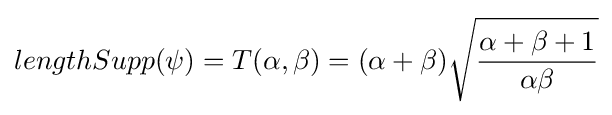
lengthSupp(\psi )=T(\alpha ,\beta )=(\alpha +\beta ){\sqrt {\frac {\alpha +\beta +1}{\alpha \beta }}}